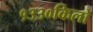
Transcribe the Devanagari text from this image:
१३३०किलो